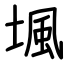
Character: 堸